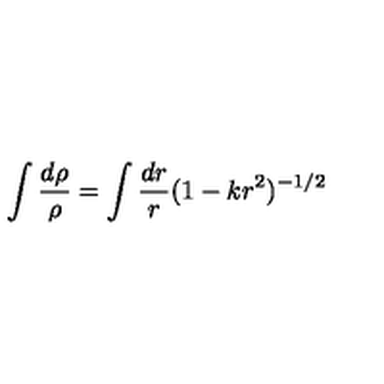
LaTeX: \int \frac { d \rho } { \rho } = \int \frac { d r } { r } ( 1 - k r ^ { 2 } ) ^ { - 1 / 2 }